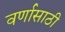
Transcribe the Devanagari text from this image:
वर्णासाठी